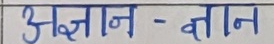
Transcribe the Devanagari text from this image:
अज्ञान-ज्ञान